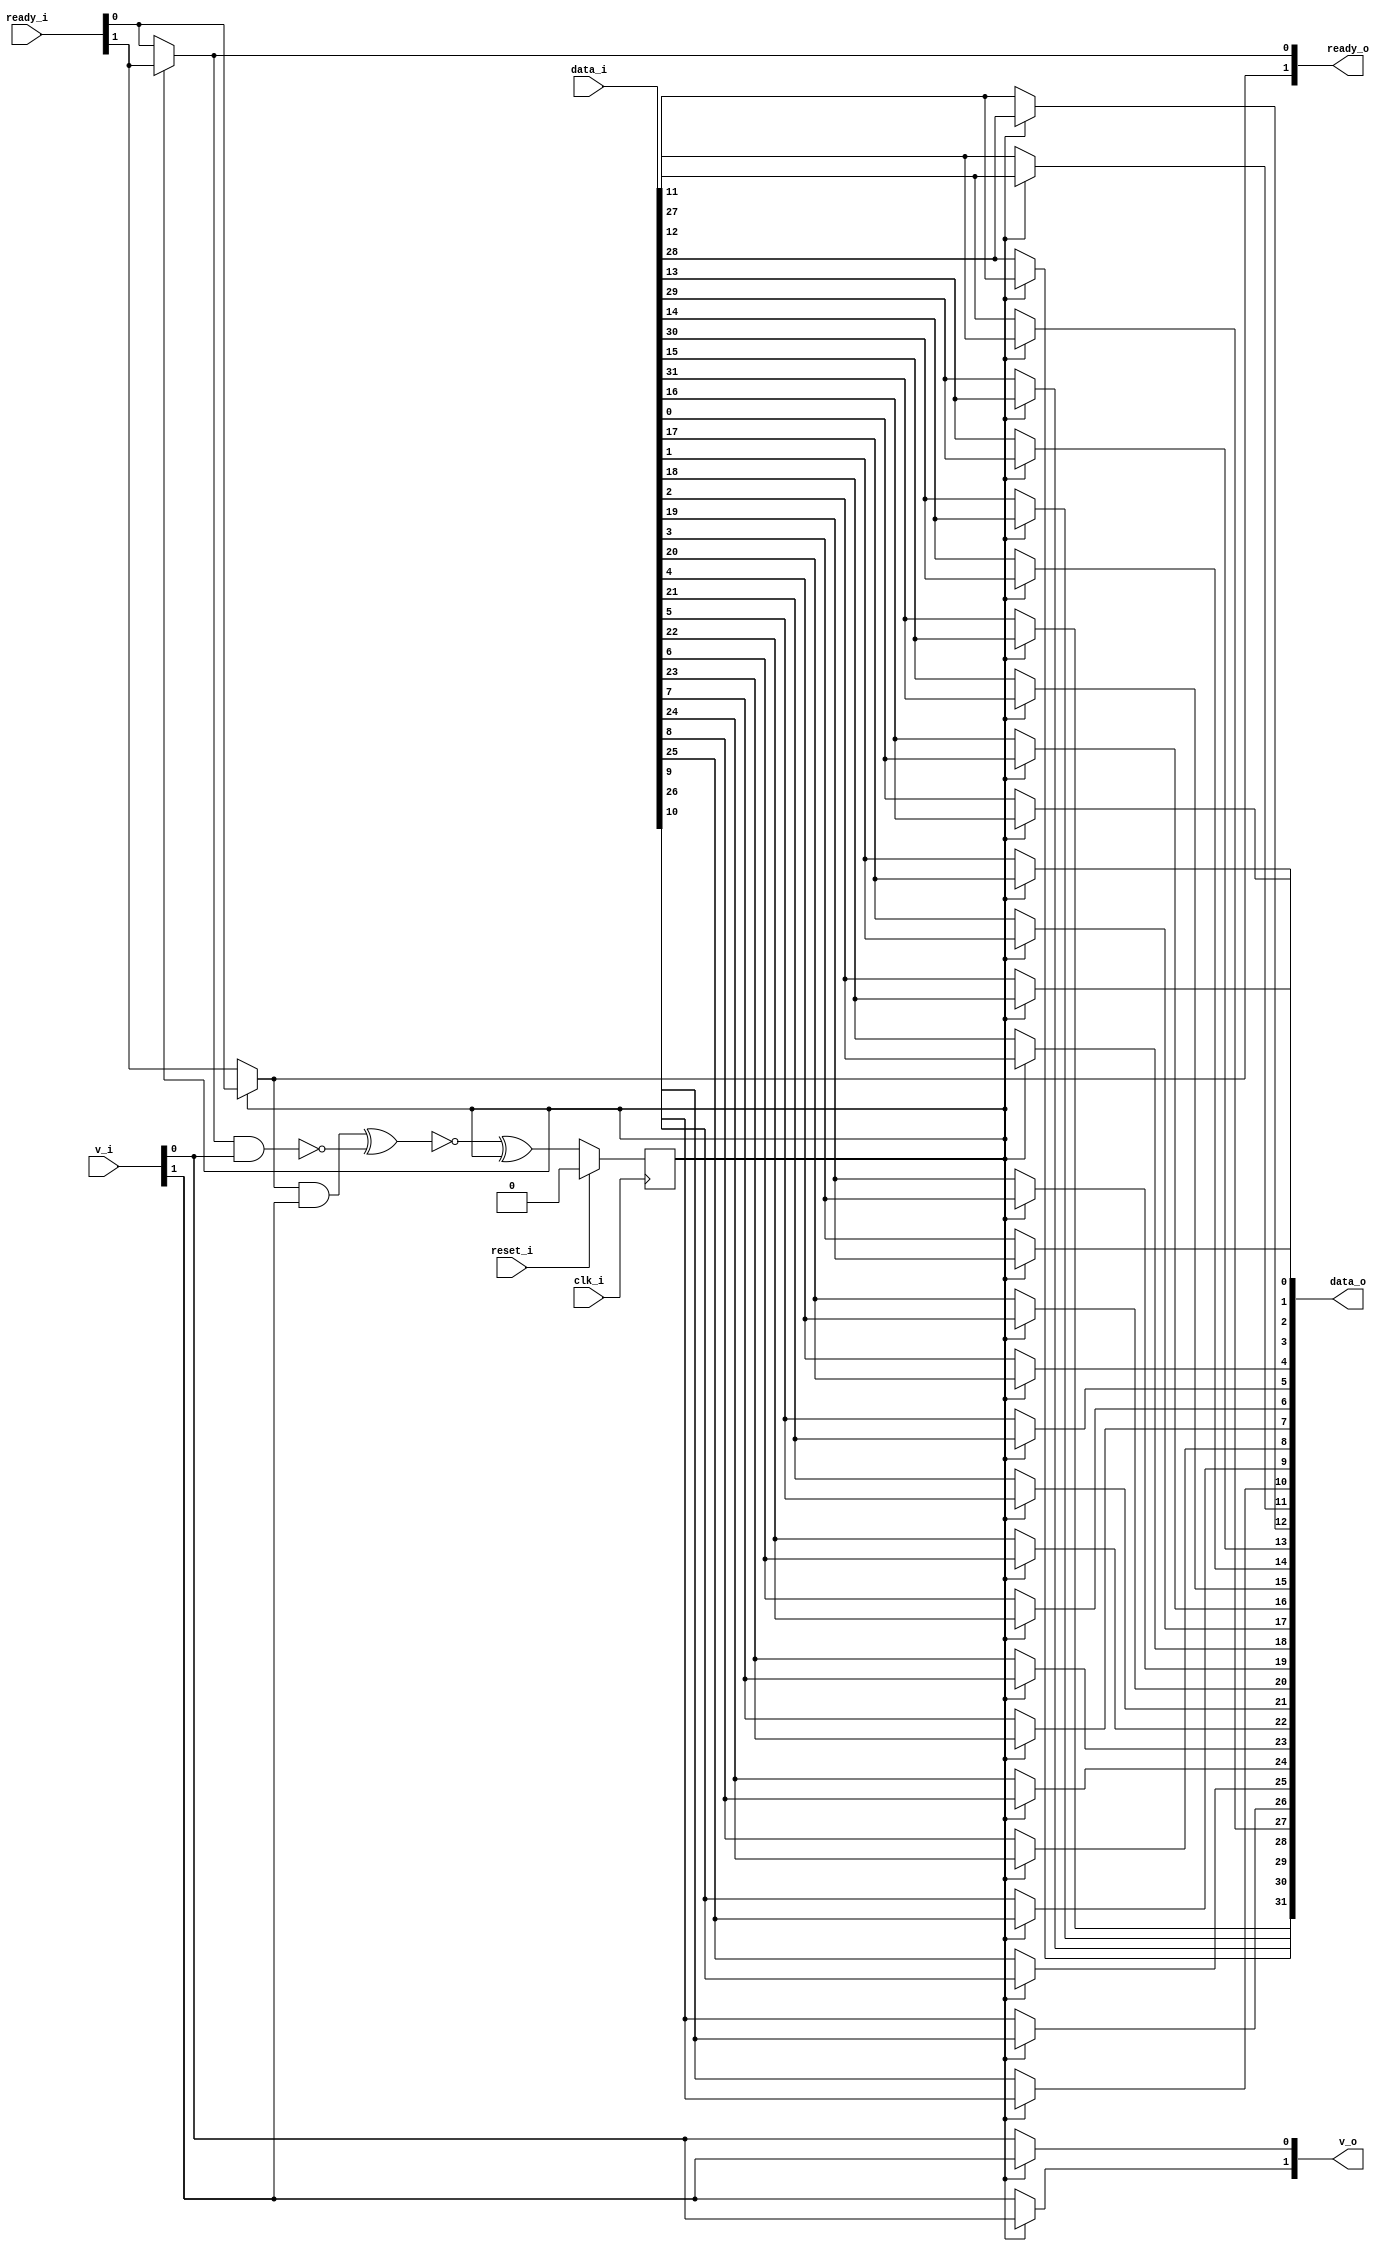
// This program was cloned from: https://github.com/chipsalliance/synlig
// License: Apache License 2.0

/* Generated by Yosys 0.27+9 (git sha1 101d19bb6, gcc 11.2.0-7ubuntu2 -fPIC -Os) */

(* top =  1  *)

module bsg_round_robin_2_to_2(clk_i, reset_i, data_i, v_i, ready_o, data_o, v_o, ready_i);
  wire _00_;
  wire _01_;
  wire _02_;
  
  wire _03_;
  
  input clk_i;
  wire clk_i;
  
  input [31:0] data_i;
  wire [31:0] data_i;
  
  output [31:0] data_o;
  wire [31:0] data_o;
  
  reg head_r;
  
  input [1:0] ready_i;
  wire [1:0] ready_i;
  
  output [1:0] ready_o;
  wire [1:0] ready_o;
  
  input reset_i;
  wire reset_i;
  
  input [1:0] v_i;
  wire [1:0] v_i;
  
  output [1:0] v_o;
  wire [1:0] v_o;
  assign ready_o[0] = head_r ? ready_i[1] : ready_i[0];
  assign _00_ = ~(ready_o[0] & v_i[0]);
  assign ready_o[1] = head_r ? ready_i[0] : ready_i[1];
  assign _01_ = ready_o[1] & v_i[1];
  assign _02_ = ~(_01_ ^ _00_);
  assign _03_ = _02_ ^ head_r;
  assign data_o[11] = head_r ? data_i[27] : data_i[11];
  assign data_o[12] = head_r ? data_i[28] : data_i[12];
  assign data_o[13] = head_r ? data_i[29] : data_i[13];
  assign data_o[14] = head_r ? data_i[30] : data_i[14];
  assign data_o[15] = head_r ? data_i[31] : data_i[15];
  assign data_o[16] = head_r ? data_i[0] : data_i[16];
  assign data_o[17] = head_r ? data_i[1] : data_i[17];
  assign data_o[18] = head_r ? data_i[2] : data_i[18];
  assign data_o[19] = head_r ? data_i[3] : data_i[19];
  assign data_o[20] = head_r ? data_i[4] : data_i[20];
  assign data_o[21] = head_r ? data_i[5] : data_i[21];
  assign data_o[22] = head_r ? data_i[6] : data_i[22];
  assign data_o[23] = head_r ? data_i[7] : data_i[23];
  assign data_o[24] = head_r ? data_i[8] : data_i[24];
  assign data_o[25] = head_r ? data_i[9] : data_i[25];
  assign data_o[26] = head_r ? data_i[10] : data_i[26];
  assign data_o[27] = head_r ? data_i[11] : data_i[27];
  assign data_o[28] = head_r ? data_i[12] : data_i[28];
  assign data_o[29] = head_r ? data_i[13] : data_i[29];
  assign data_o[30] = head_r ? data_i[14] : data_i[30];
  assign data_o[31] = head_r ? data_i[15] : data_i[31];
  assign v_o[0] = head_r ? v_i[1] : v_i[0];
  assign v_o[1] = head_r ? v_i[0] : v_i[1];
  assign data_o[0] = head_r ? data_i[16] : data_i[0];
  assign data_o[1] = head_r ? data_i[17] : data_i[1];
  assign data_o[2] = head_r ? data_i[18] : data_i[2];
  assign data_o[3] = head_r ? data_i[19] : data_i[3];
  assign data_o[4] = head_r ? data_i[20] : data_i[4];
  assign data_o[5] = head_r ? data_i[21] : data_i[5];
  assign data_o[6] = head_r ? data_i[22] : data_i[6];
  assign data_o[7] = head_r ? data_i[23] : data_i[7];
  assign data_o[8] = head_r ? data_i[24] : data_i[8];
  assign data_o[9] = head_r ? data_i[25] : data_i[9];
  assign data_o[10] = head_r ? data_i[26] : data_i[10];
  (* \always_ff  = 32'd1 *)
  
  always @(posedge clk_i)
    if (reset_i) head_r <= 1'h0;
    else head_r <= _03_;
endmodule